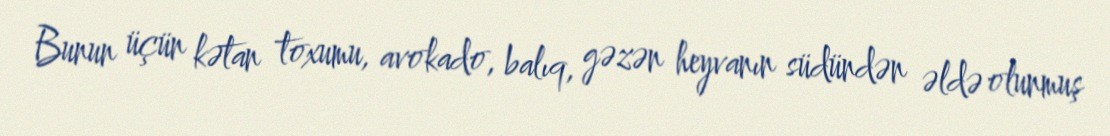
Bunun üçün kətan toxumu, avokado, balıq, gəzən heyvanın südündən əldə olunmuş